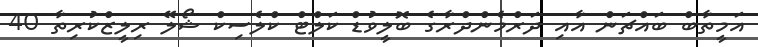
އަމީތާބް ބައްޗަން އާއި ދަރްމެންދްރާގެ ބޮލީވުޑް ކަލްޓް ކްލެސިކް ޝޯލޭ ރިލީޒްކުރިތާ 40